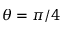
\theta = \pi / 4